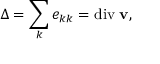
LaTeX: \Delta = \sum _ { k } e _ { k k } = { \mathrm { d i v } } \; \mathbf { v } ,